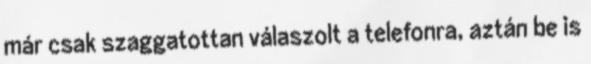
már csak szaggatottan válaszolt a telefonra, aztán be is